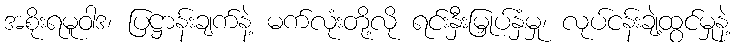
အစိုးရမူဝါဒ၊ ပြဋ္ဌာန်းချက်နဲ့ မက်လုံးတို့လို ရင်းနှီးမြှုပ်နှံမှု၊ လုပ်ငန်းချဲ့ထွင်မှုနဲ့